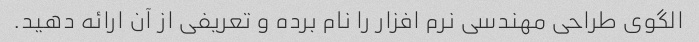
الگوی طراحی مهندسی نرم افزار را نام برده و تعریفی از آن ارائه دهید.